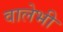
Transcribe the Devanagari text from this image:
वालेभी